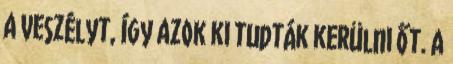
a veszélyt, így azok ki tudták kerülni őt. A